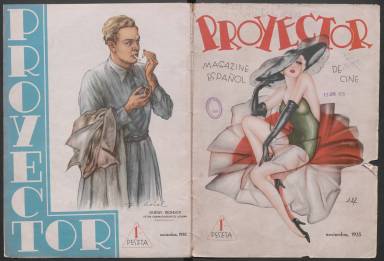
Título: Proyector (Barcelona)
Colección: Cine
Ámbito geográfico: Barcelona
Lugar de publicación: Barcelona
Fechas: 15/11/1935-15/11/1936